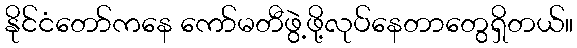
နိုင်ငံတော်ကနေ ကော်မတီဖွဲ့ဖို့လုပ်နေတာတွေရှိတယ်။